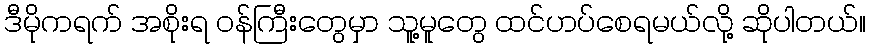
ဒီမိုကရက် အစိုးရ ဝန်ကြီးတွေမှာ သူ့မူတွေ ထင်ဟပ်စေရမယ်လို့ ဆိုပါတယ်။